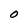
Character: O